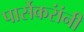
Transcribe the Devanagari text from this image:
पार्सेकरांंनी